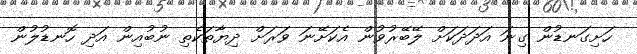
ހަށިގަނޑުން ގިނަ އަދަދަކަށް ލޭބޭރުވުން އެކަށޭނަ ވަރަށް ދިޔާތަކެތި ނުބުއިން އަދި ހޮނޑުލުން